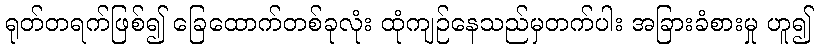
ရုတ်တရက်ဖြစ်၍ ခြေထောက်တစ်ခုလုံး ထုံကျဉ်နေသည်မှတက်ပါး အခြားခံစားမှု ဟူ၍